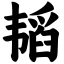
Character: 韬